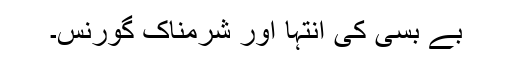
بے بسی کی انتہا اور شرمناک گورنس۔